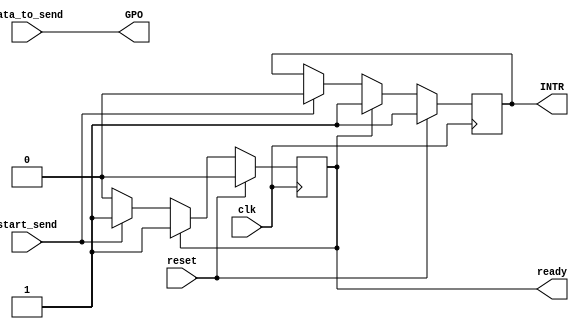
`timescale 1ns / 1ps
//////////////////////////////////////////////////////////////////////////////////
// Company: 
// Engineer: 
// 
// Design Name: 
// Module Name: transmitter
// Project Name: 
// Target Devices: 
// Tool Versions: 
// Description: 
// 
// Dependencies: 
// 
// Revision:
// Revision 0.01 - File Created
// Additional Comments:
// 
//////////////////////////////////////////////////////////////////////////////////


module transmitter(

    input               clk,
    input               reset,

    input [22:0]        data_to_send,
    input               start_send,

    output [22:0]       GPO,
    output reg          INTR,
    output reg          ready
);

initial begin
    INTR  <= 1'b1;
    ready <= 1'b0;
end


assign GPO = data_to_send;

always@(posedge clk) begin
  
    if (reset) begin
      INTR  <= 1'b1;
      ready <= 1'b0;
    end else begin
      
      if (ready) begin
          INTR <= 1'b1;
      end else begin

        if (start_send) begin
         INTR <= 1'b0;
         ready <= 1'b1;
        end

      end

    end

end
endmodule